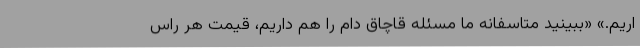
اریم.» «ببینید متاسفانه ما مسئله قاچاق دام را هم داریم، قیمت هر راس